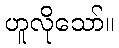
ဟူလိုသော်။